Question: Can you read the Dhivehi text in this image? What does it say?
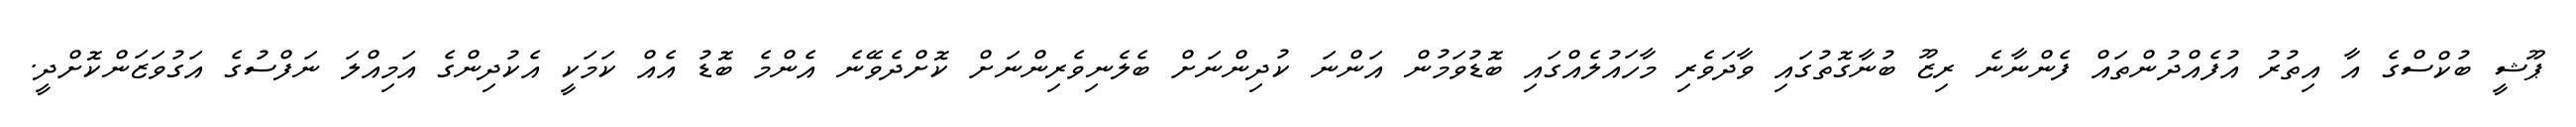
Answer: ޕޫޝީ ބުކްސްގެ އާ އިތުރު އުފެއްދުންތައް ފެންނާނެ ރިޒޫ ބުނާގޮތުގައި ވާދަވެރި މާހައުލެއްގައި ބޮޑުވަމުން އަންނަ ކުދިންނަށް ބެލެނިވެރިންނަށް ކޮށްދެވޭނެ އެންމެ ބޮޑު އެއް ކަމަކީ އެކުދިންގެ އަމިއްލަ ނަފްސުގެ އަގުވަޒަންކޮށްދީ.